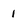
Character: I